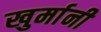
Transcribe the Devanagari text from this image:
खुर्मानी